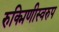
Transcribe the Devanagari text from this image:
रुक्मिणीस्वरुप